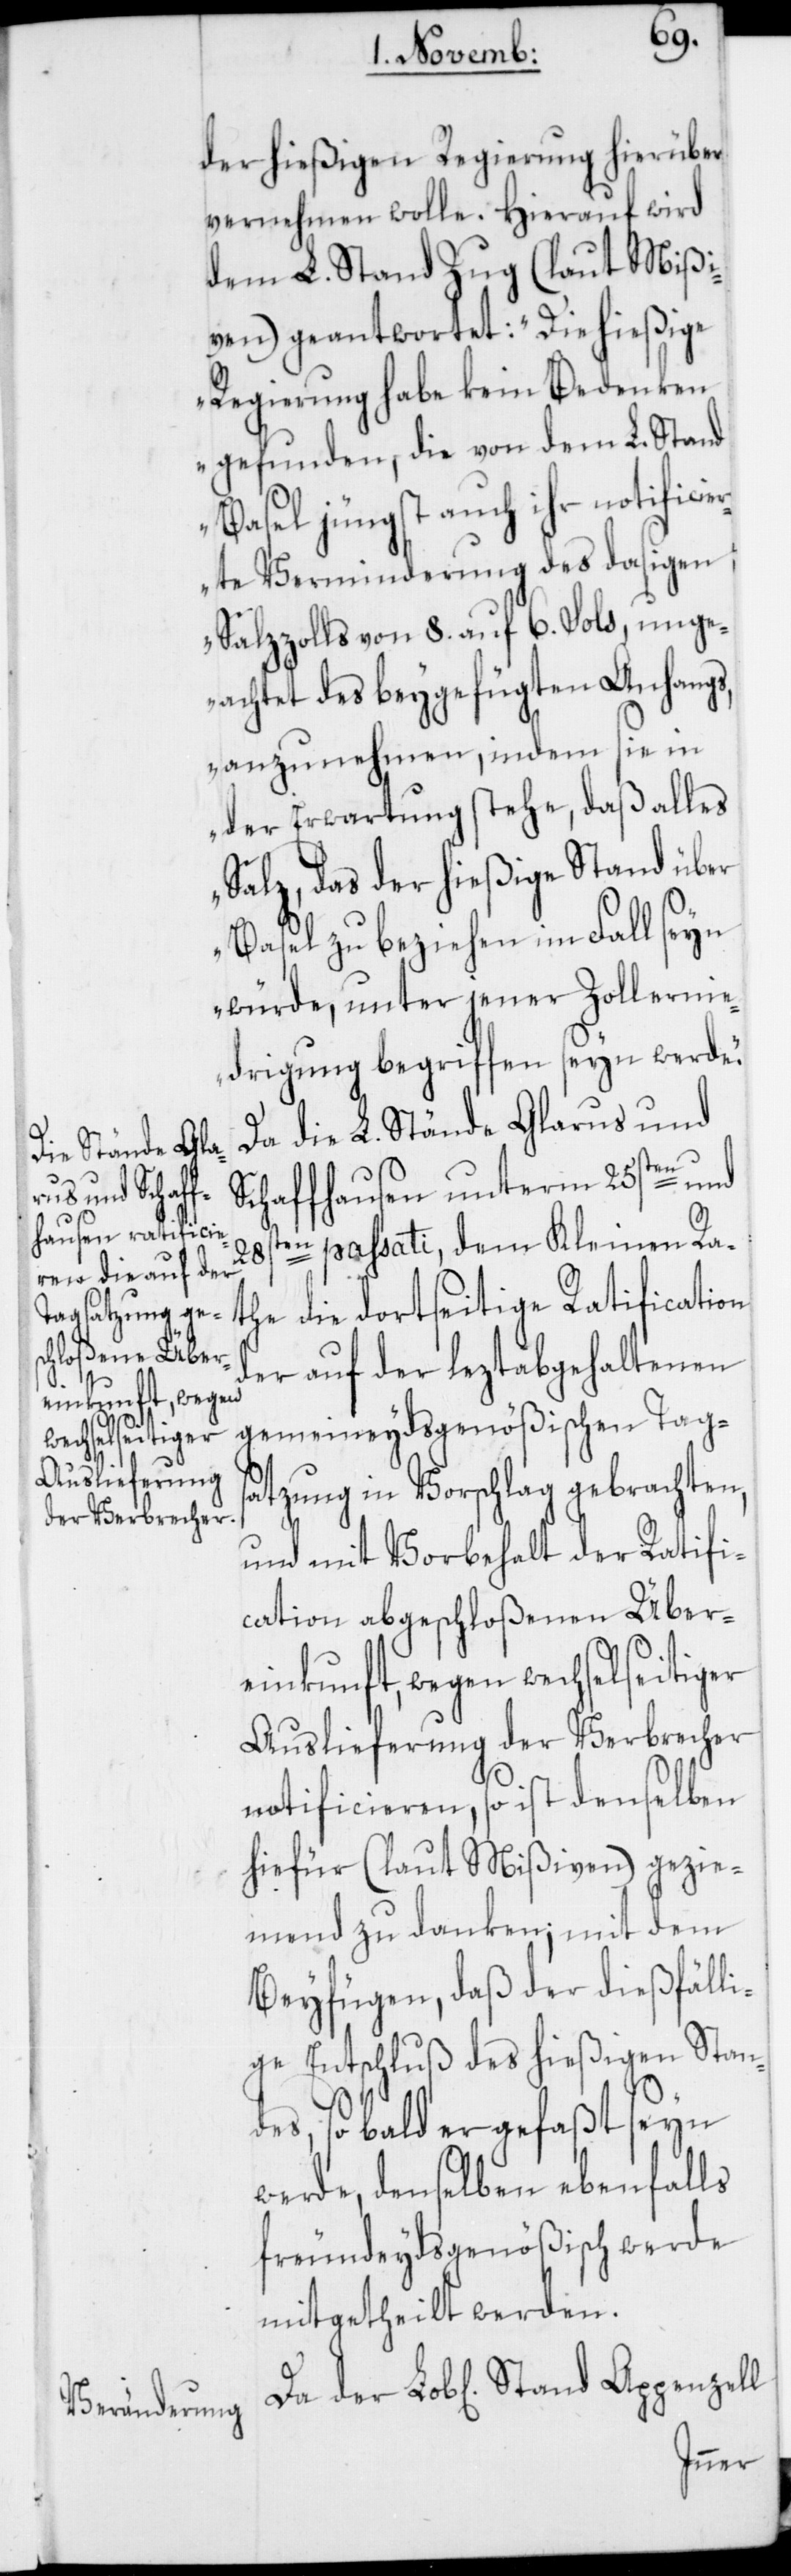
der hießigen Regierung hierüber
vernehmen wolle. Hierauf wird
dem L. Stand Zug (laut Mißi¬
ven) geantwortet: „Die hießige
Regierung habe kein Bedenken
gefunden, die von dem L. Stand
Basel jüngst auch ihr notificier¬
te Verminderung des dasigen
Salzzolls von 8. auf 6. Sols, unge¬
achtet des beygefügten Anhangs,
anzunehmen, indem sie in
der Erwartung stehe, daß alles
Salz, das der hießige Stand über
Basel zu beziehen im Fall seyn
würde, unter jener Zollernie¬
drigung begriffen seyn werde.“
Da die L. Stände Glarus und
Schaffhausen unterm 25sten und
ten passati, dem Kleinen Ra¬
the die dortseitige Ratification
der auf der leztabgehaltenen
gemeineydsgenößischen Tag¬
28s¬
satzung in Vorschlag gebrachten,
und mit Vorbehalt der Ratifi¬
cation abgeschloßenen Über¬
einkunft, wegen wechselseitiger
Auslieferung der Verbrecher
notificieren, so ist denselben
hiefür (laut Mißiven) gezie¬
mend zu danken; mit dem
Beyfügen, daß der dießfälli¬
ge Entschluß des hießigen Stan¬
des, sobald er gefaßt seyn
werde, denselben ebenfalls
freundeydsgenößisch werde
mitgetheilt werden.
Da der